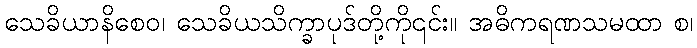
သေခိယာနိစေဝ၊ သေခိယသိက္ခာပုဒ်တို့ကို၎င်း။ အဓိကရဏသမထာ စ၊